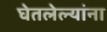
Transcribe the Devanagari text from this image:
घेतलेल्यांना